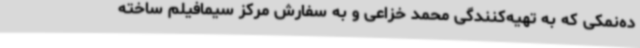
ده‌نمکی که به تهیه‌کنندگی محمد خزاعی و به سفارش مرکز سیمافیلم ساخته